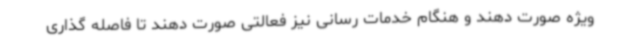
ویژه صورت دهند و هنگام خدمات رسانی نیز فعالتی صورت دهند تا فاصله گذاری